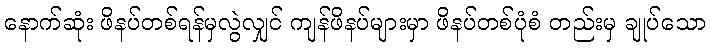
နောက်ဆုံး ဖိနပ်တစ်ရန်မှလွဲလျှင် ကျန်ဖိနပ်များမှာ ဖိနပ်တစ်ပုံစံ တည်းမှ ချုပ်သော